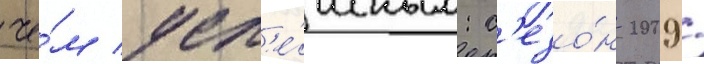
че́м усп'е́шным: с'езо́н 2009/